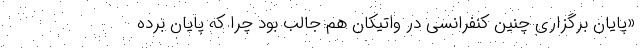
«پایان برگزاری چنین کنفرانسی در واتیکان هم جالب بود چرا که پایان برده